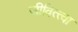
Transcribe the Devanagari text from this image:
जीवित्त्वा